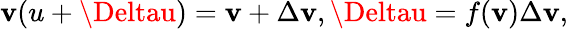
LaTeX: \mathbf{v}(u+\Deltau)=\mathbf{v}+\Delta\mathbf{v},\Deltau=f(\mathbf{v})\Delta\mathbf{v},